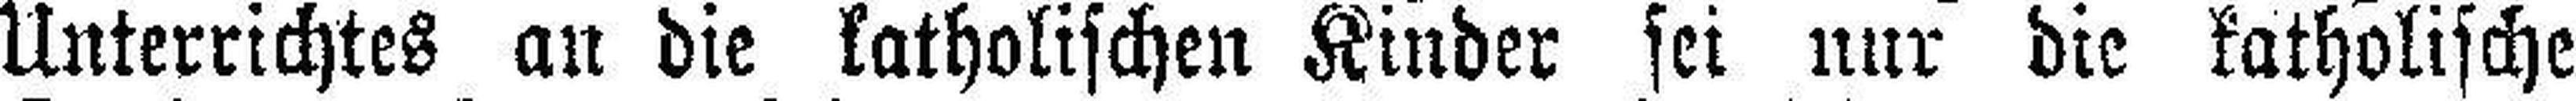
Unterrichtes an die katholischen Kinder sei nur die katholische